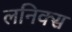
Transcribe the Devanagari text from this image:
लनिक्स